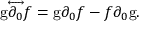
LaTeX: { \mathrm { g } } { \overleftrightarrow { \partial _ { 0 } } } f = \mathrm { g } \partial _ { 0 } f - f \partial _ { 0 } \mathrm { g } .